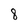
Character: 8